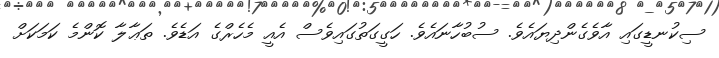
ސިކުނޑީގައި އާވެގެންދިޔައެވެ. ސުބުހާނައެވެ. ހަގީގަތުގައިވެސް އެއީ މެހެރްގެ އަޑެވެ. ތަޢާލާ ކޮންމެ ކަމަކަށް